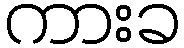
ကားခ